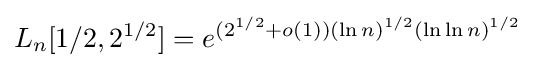
L_{n}[1/2,2^{1/2}]=e^{(2^{1/2}+o(1))(\ln n)^{1/2}(\ln \ln n)^{1/2}}